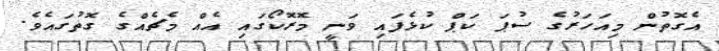
އެގޮތުން މިއަހަރުގެ ސުޕަ ކަޕް ކުޅެފައި ވަނީ މޮރޮކޯގައި އެއް މެޗެއްގެ ގޮތުގައެވެ.